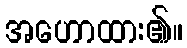
အဟောထား၏။